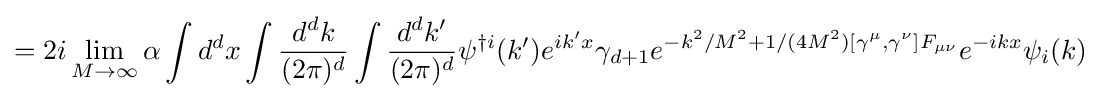
=2i\lim \limits _{M\to \infty }\alpha \int d^{d}x\int {\frac {d^{d}k}{(2\pi )^{d}}}\int {\frac {d^{d}k^{\prime }}{(2\pi )^{d}}}\psi ^{\dagger i}(k^{\prime })e^{ik^{\prime }x}\gamma _{d+1}e^{-k^{2}/M^{2}+1/(4M^{2})[\gamma ^{\mu },\gamma ^{\nu }]F_{\mu \nu }}e^{-ikx}\psi _{i}(k)